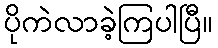
ပိုကဲလာခဲ့ကြပါပြီ။